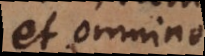
et omnino